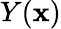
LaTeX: Y(\textbf x)